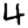
Digit: 4